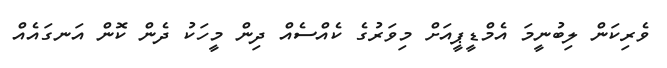
ވެރިކަން ލިބުނީމަ އެމްޑީޕީއަށް މިވަރުގެ ކެއްސެއް ދިން މީހަކު ދެން ކޮން އަނގައެއް